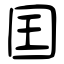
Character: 囯